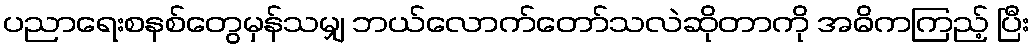
ပညာရေးစနစ်တွေမှန်သမျှ ဘယ်လောက်တော်သလဲဆိုတာကို အဓိကကြည့် ပြီး